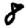
Digit: 8